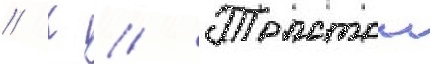
// К // Толстои